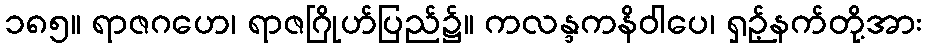
၁၈၅။ ရာဇဂဟေ၊ ရာဇဂြိုဟ်ပြည်၌။ ကလန္ဒကနိဝါပေ၊ ရှဉ့်နက်တို့အား